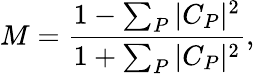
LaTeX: M=\frac{1-\sum_{P}|C_{P}|^{2}}{1+\sum_{P}|C_{P}|^{2}},